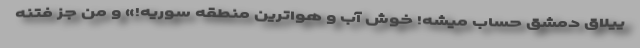
ییلاق دمشق حساب میشه! خوش آب و هواترین منطقه سوریه!» و من جز فتنه